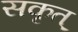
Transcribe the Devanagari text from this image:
सकृत्